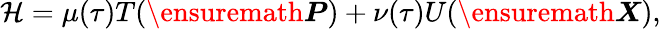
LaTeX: \mathcal{H}=\mu(\tau)T(\ensuremath{\boldsymbol{P}})+\nu(\tau)U(\ensuremath{\boldsymbol{X}}),